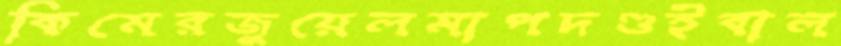
কিমেরজুয়েলমাপদণ্ডইবাল